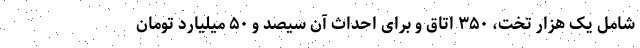
شامل یک هزار تخت، ۳۵۰ اتاق و برای احداث آن سیصد و ۵۰ میلیارد تومان